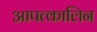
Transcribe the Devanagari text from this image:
आपत्कालिन